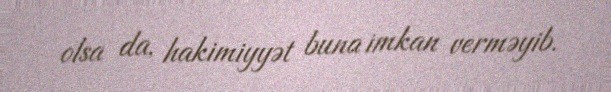
olsa da, hakimiyyət buna imkan verməyib.